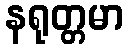
နရုတ္တမာ